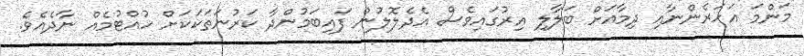
މަންމަ އަހަރެންނާއި ދިމާއަށް ބަލާލި އިރުގައިވެސް އެދެލޮލުން ފައިބަމުންދާ ކަރުނަތަކަކަށް ހުއްޓުމެއް ނާދެއެވެ.